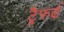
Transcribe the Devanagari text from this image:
ट्रैफर्ढ